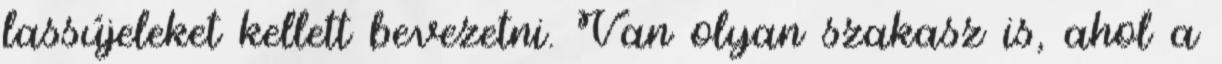
lassújeleket kellett bevezetni. Van olyan szakasz is, ahol a